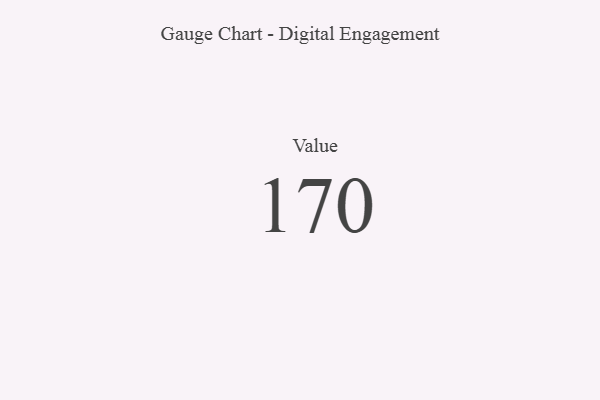
{"axis": {"x": "Metric", "y": "Value"}, "legend": [""], "data": [{"x": "Value", "y": 170, "type": ""}]}